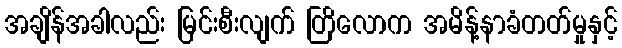
အချိန်အခါလည်း မြင်းစီးလျက် တြိလောက အမိန့်နာခံတတ်မှုနှင့်